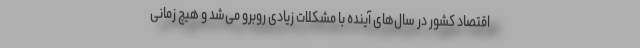
اقتصاد کشور در سال‌های آینده با مشکلات زیادی روبرو می‌شد و هیچ زمانی